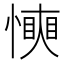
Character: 𢢰